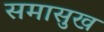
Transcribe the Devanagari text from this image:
समासुख